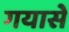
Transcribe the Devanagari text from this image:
गयासे